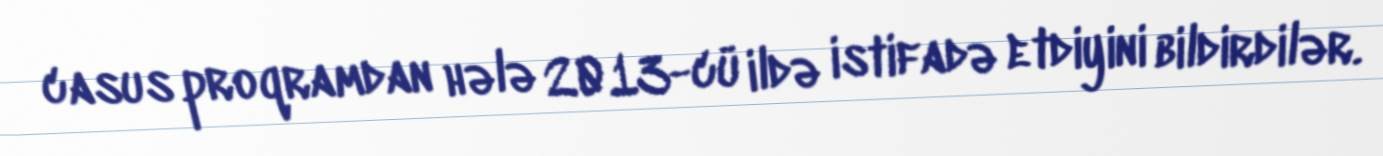
casus proqramdan hələ 2013-cü ildə istifadə etdiyini bildirdilər.